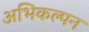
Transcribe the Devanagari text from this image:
अभिकल्‍पन